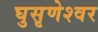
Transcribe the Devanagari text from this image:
घुसृणेश्वर